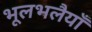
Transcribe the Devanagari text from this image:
भूलभलैयाँ